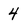
Character: 4